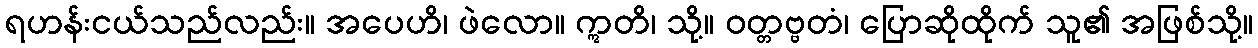
ရဟန်းငယ်သည်လည်း။ အပေဟိ၊ ဖဲလော။ ဣတိ၊ သို့။ ဝတ္တဗ္ဗတံ၊ ပြောဆိုထိုက် သူ၏ အဖြစ်သို့။